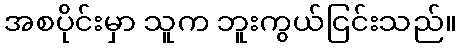
အစပိုင်းမှာ သူက ဘူးကွယ်ငြင်းသည်။